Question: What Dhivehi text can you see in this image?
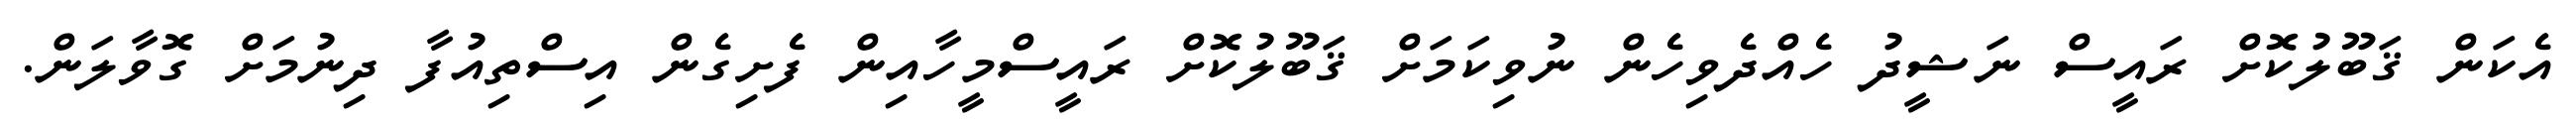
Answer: އެކަން ޤަބޫލުކޮށް ރައީސް ނަޝީދު ހެއްދެވިހެން ނުވިކަމަށް ޤަބޫލުކޮށް ރައީސްމީހާއިން ފެށިގެން އިސްތިއުފާ ދިނުމަށް ގޮވާލަން.